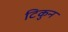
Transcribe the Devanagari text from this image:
टिकुन